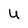
Character: U